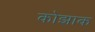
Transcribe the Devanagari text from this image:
कोझाक